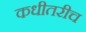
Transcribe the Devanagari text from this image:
कधीतरीच